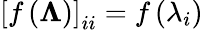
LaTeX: \left[f\left(\mathbf{\Lambda}\right)\right]_{ii}=f\left(\lambda_{i}\right)